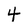
Character: 4